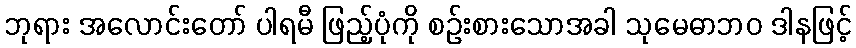
ဘုရား အလောင်းတော် ပါရမီ ဖြည့်ပုံကို စဉ်းစားသောအခါ သုမေဓာဘဝ ဒါနဖြင့်